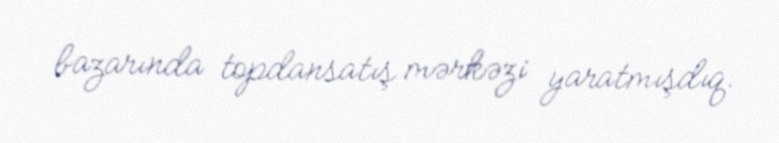
bazarında topdansatış mərkəzi yaratmışdıq.